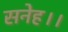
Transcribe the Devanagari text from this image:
सनेह।।